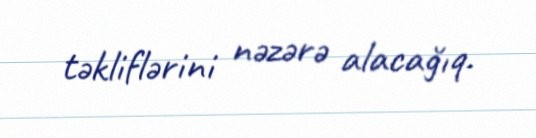
təkliflərini nəzərə alacağıq.